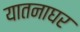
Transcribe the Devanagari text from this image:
यातनाघर